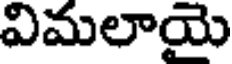
విమలాయై